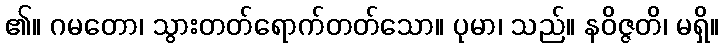
၏။ ဂမတော၊ သွားတတ်ရောက်တတ်သော။ ပုမာ၊ သည်။ နဝိဇ္ဇတိ၊ မရှိ။